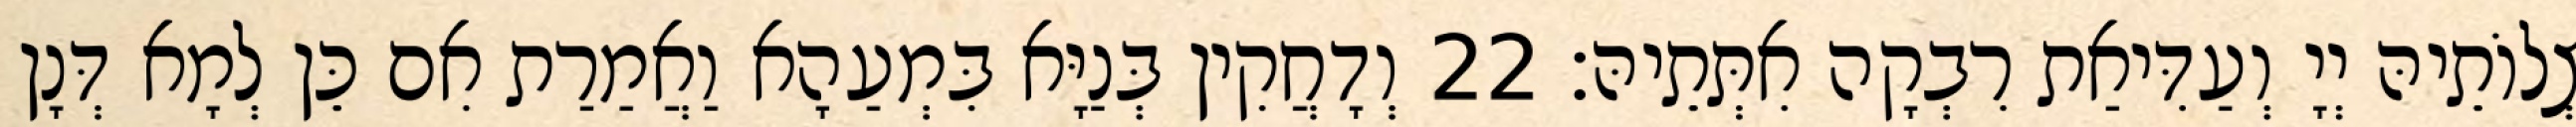
צְלוֹתֵיהּ יְיָ וְעַדִּיאַת רִבְקָה אִתְּתֵיהּ׃ 22 וְדָחֲקִין בְּנַיָּא בִּמְעַהָא וַאֲמַרַת אִם כֵּן לְמָא דְּנָן